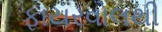
ફાયરવોલથી